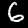
Digit: 6